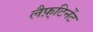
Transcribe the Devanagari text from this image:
लैफ़्टिनेंट